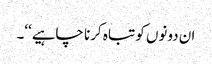
ان دونوں کو تباہ کرنا چاہیے‘‘۔